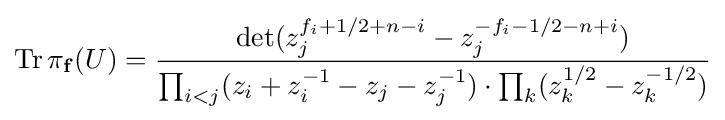
\operatorname {Tr} \pi _{\mathbf {f} }(U)={\det(z_{j}^{f_{i}+1/2+n-i}-z_{j}^{-f_{i}-1/2-n+i}) \over \prod _{i<j}(z_{i}+z_{i}^{-1}-z_{j}-z_{j}^{-1})\cdot \prod _{k}(z_{k}^{1/2}-z_{k}^{-1/2})}